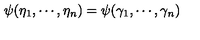
\psi ( \eta _ { 1 } , \cdots , \eta _ { n } ) = \psi ( \gamma _ { 1 } , \cdots , \gamma _ { n } )